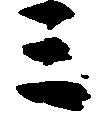
ミ